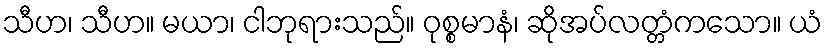
သီဟ၊ သီဟ။ မယာ၊ ငါဘုရားသည်။ ဝုစ္စမာနံ၊ ဆိုအပ်လတ္တံကသော။ ယံ